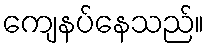
ကျေနပ်နေသည်။